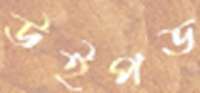
উইপড